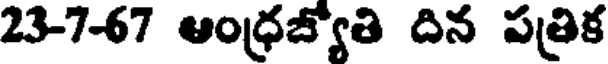
23-7-67 ఆంధ్రజ్యోతి దిన పత్రిక